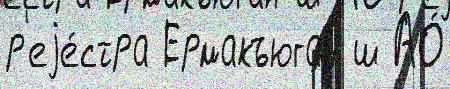
р'еjе́стра Ермакъюган ш АО́